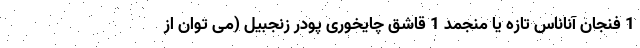
1 فنجان آناناس تازه یا منجمد 1 قاشق چایخوری پودر زنجبیل (می توان از